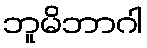
ဘူမိဘာဂါ